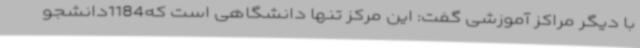
با دیگر مراکز آموزشی گفت: این مرکز تنها دانشگاهی است که1184دانشجو